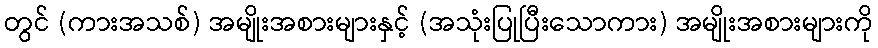
တွင် (ကားအသစ်) အမျိုးအစားများနှင့် (အသုံးပြုပြီးသောကား) အမျိုးအစားများကို